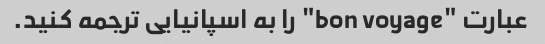
عبارت "bon voyage" را به اسپانیایی ترجمه کنید.